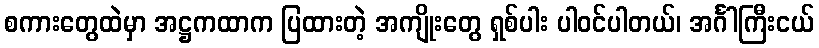
စကားတွေထဲမှာ အဋ္ဌကထာက ပြထားတဲ့ အကျိုးတွေ ရှစ်ပါး ပါဝင်ပါတယ်၊ အင်္ဂါကြီးငယ်